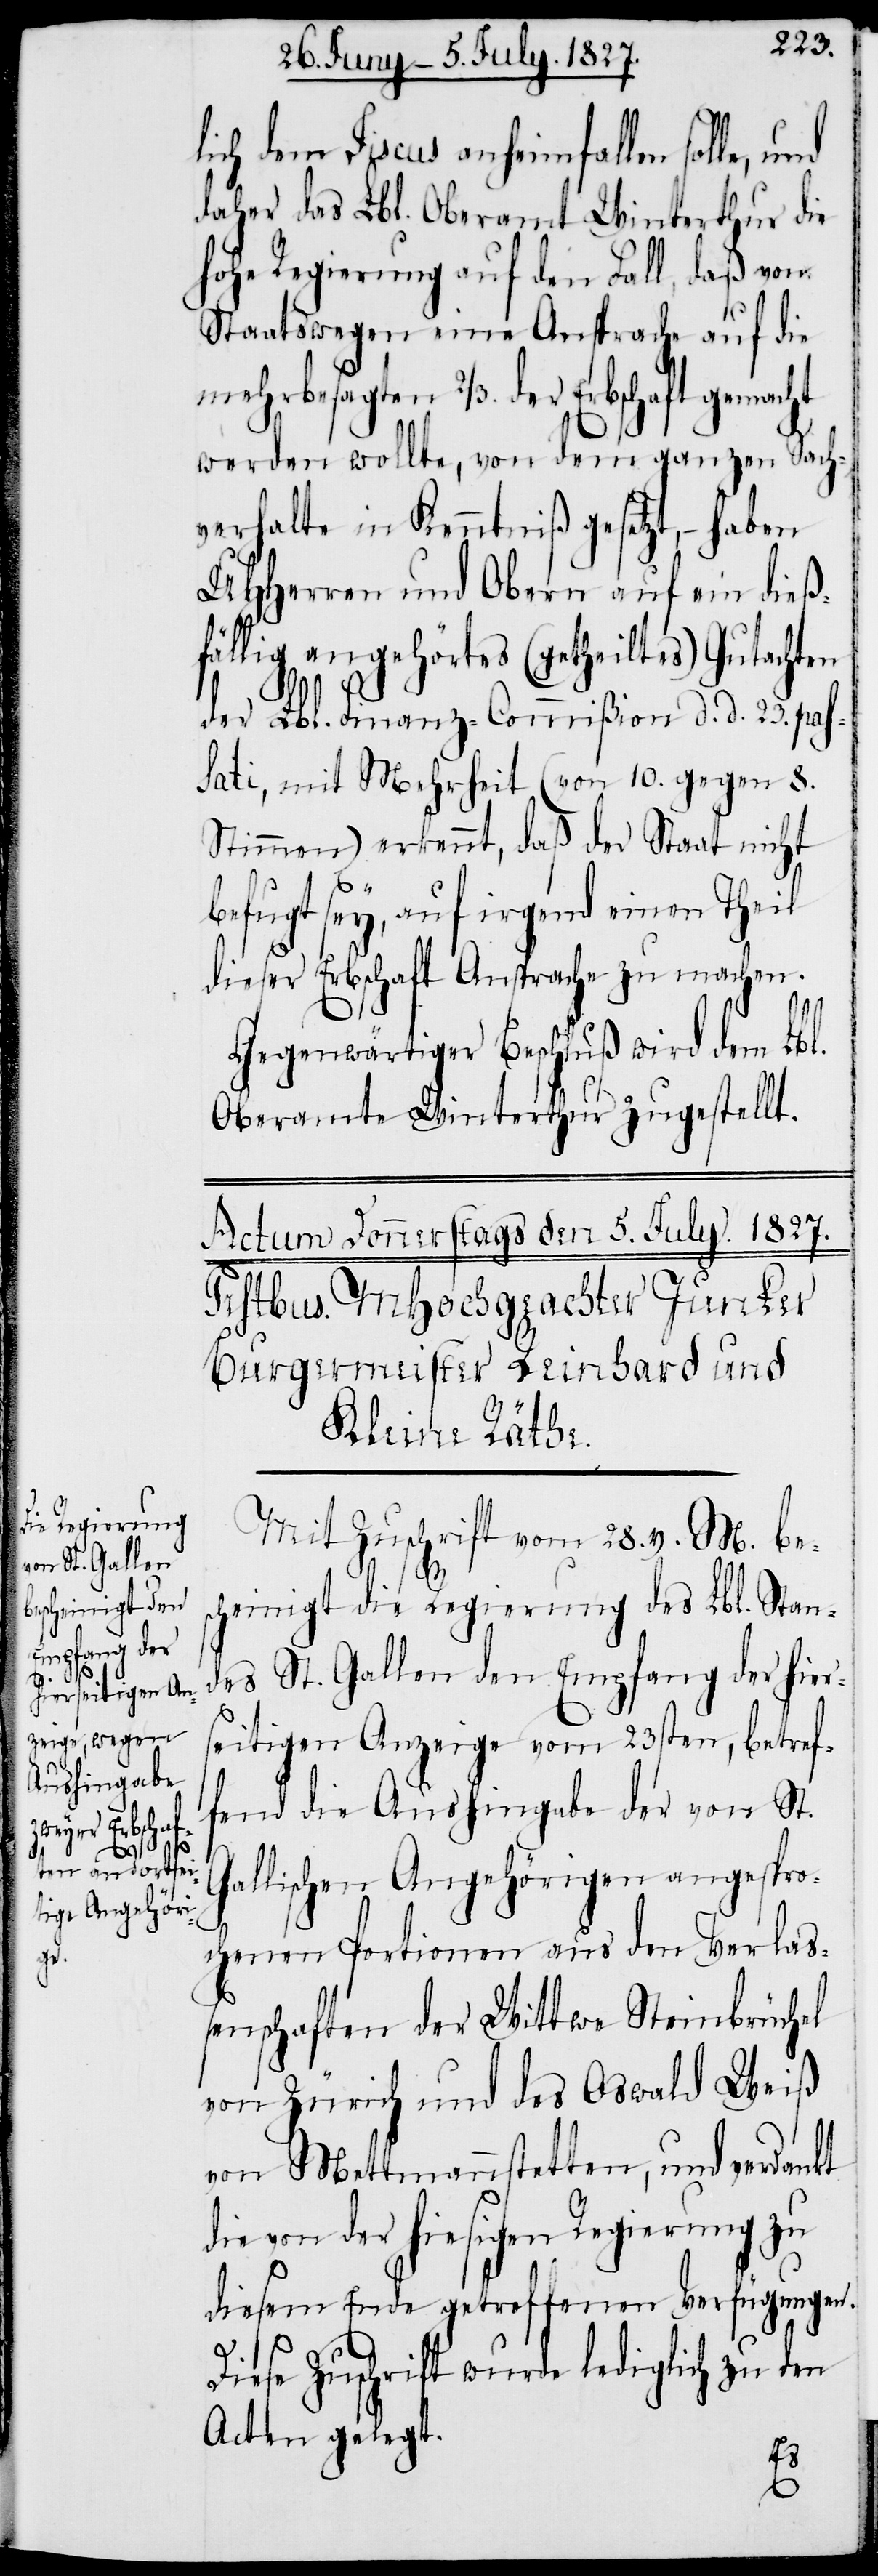
gemacht

lich dem Fiscus anheimfallen solle,
daher das Lbl. Oberamt Winterthur die
hohe Regierung auf den Fall, daß von
Staatswegen eine Ansprache auf die
werden wollte, von dem ganzen Sach¬
verhalte in Kenntniß gesetzt, – haben
UHHerren und Obern auf ein dieß¬
fällig angehörtes (getheiltes) Gutachten
der Lbl. Finanz-Commißion d. d. 23. pas¬
sati, mit Mehrheit (von 10. gegen 8.
Stimmen) erkennt, daß der Staat nicht
befugt sey, auf irgend einen Theil
dieser Erbschaft Ansprache zu machen.
Gegenwärtiger Beschluß wird dem Lbl.
Oberamt Winterthur zugestellt.
Mit Zuschrift vom 28. v. M. bes¬
2/3.
cheinigt die Regierung des Lbl. Stan¬
des St. Gallen den Empfang der hier¬
seitigen Anzeige vom 23sten, betref¬
fend die Aushingabe der von St.
Gallischen Angehörigen angespro¬
chenen Portionen aus den Verlaß¬
enschaften der Wittwe Steinbrüchel
von Zürich und des Oswald Weiß
von Mettmannstetten, und verdankt
die von der hiesigen Regierung zu
diesem Ende getroffenen Verfügungen.
Diese Zuschrift wurde lediglich zu den
Acten gelegt.